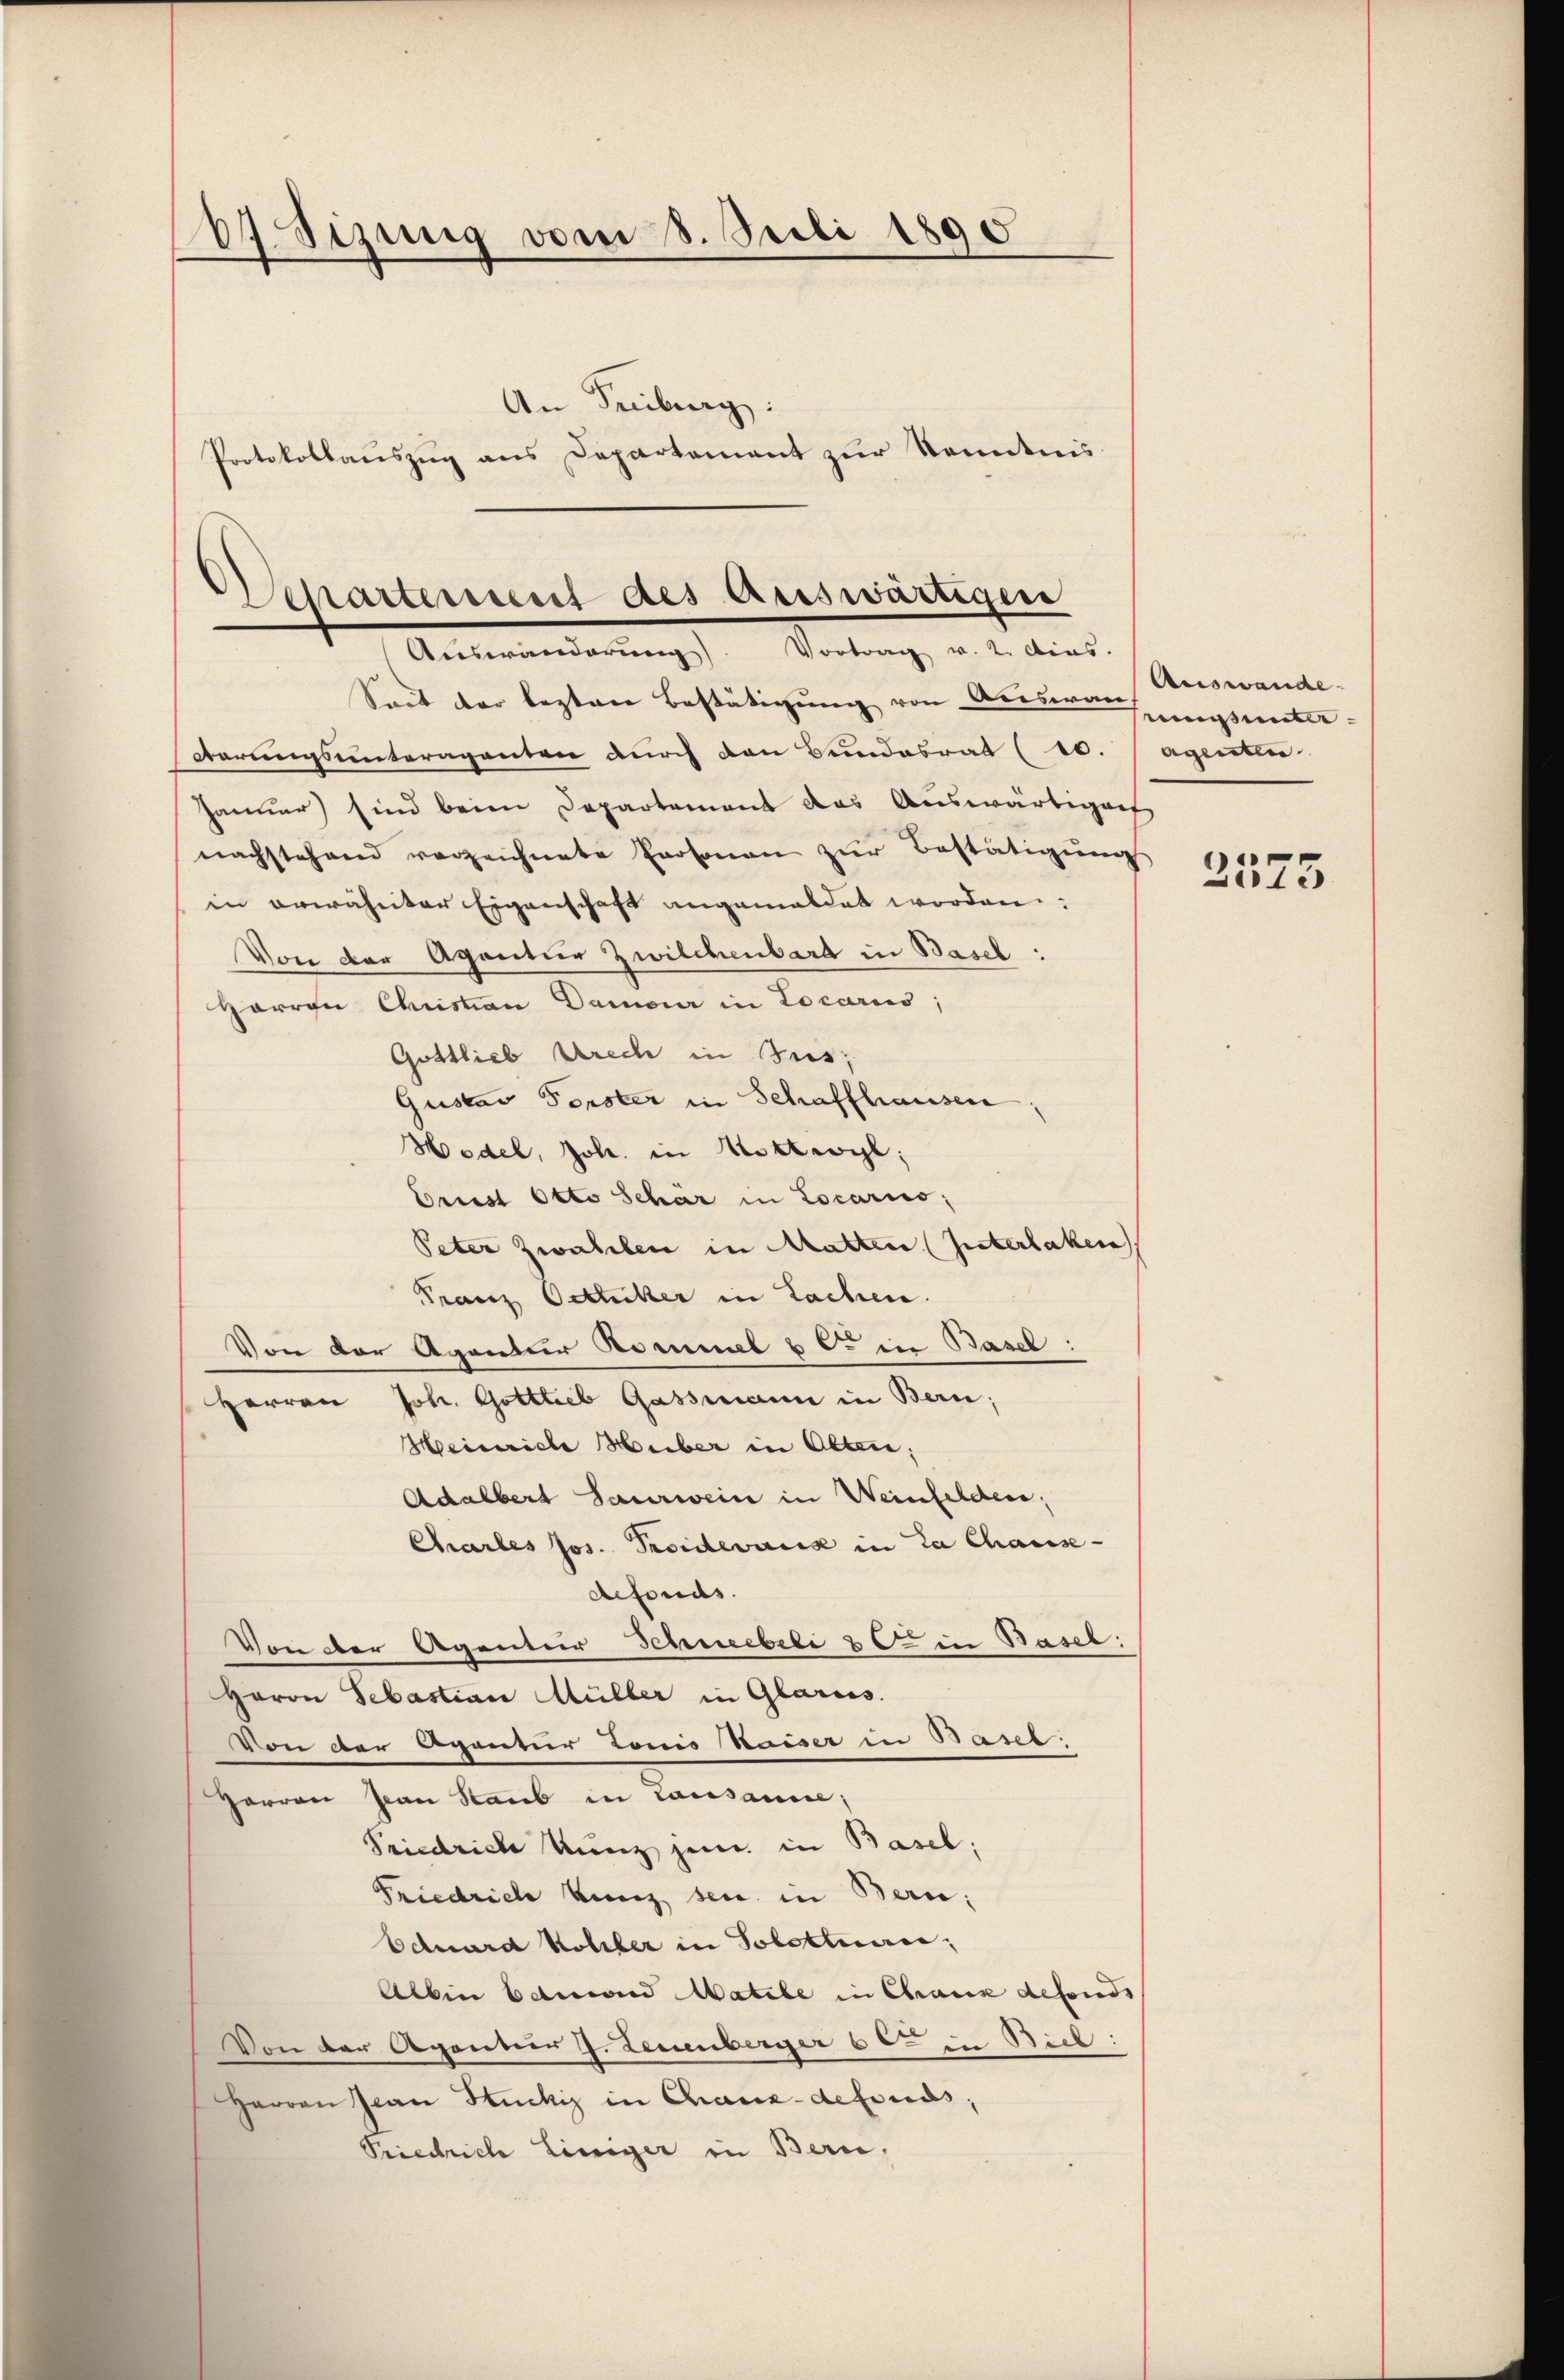
67 Sizung vom 8. Juli 1890
An Freiburg:
Protokollauszug aus Departement zur Kenntnis

Separterrent des auswärtigen
Auswanderung. Vortrag v. 2. dies

Seit der lezten Bestätigung von Dieswan
darungsunteragenten durch den Bundesrat (s.
Januar) sind beim Departement das Auswärtigent
nachstehend verzeichnete Personen zŭr Bestätigŭng
in erwähnter Eigenschaft angemeldet worden:
Von der Agantier Zwilchenbard in Basel:
Harren Christian Demoir in Locaris;
Gottlieb rech in Gus;
Gustav Forster in Schaffhausen
Hodel, Joh. in Mottwyl,
Orust Otto Schar in Locario;
Peter Zwahlen in Matten (Interlaken
Franz Ottiker in Lachen.
Von der Agentier Kommel & c. in Basel:
Herren Joh. Gottlieb Gassmann in Bern;
Meeinriche Huber in Olten;
Adalbert Saurwein in Weinfelden,
Chartes Jos. Proidevanz in La Chaus-
defonds.
Von der Agentier Schneebeli ut in Basel:
Herrn Sebastian Müller in Glarus.
Von der Agentur Tonis kaiser in Basel.
Herren Jean Staub in Lausanne;
Friedrich Kunz jem. in Basel,
Friedrich Kunz sei. in Bern;
Eduard Koliber in Solothurn,
Albin Eduard Matile in Chaux defonds
Von der Agentur J. Leuenberger 6ten in Biel:
Herren Jean Stuckiz in Chaux-defonds;
Priedrich Einiger in Bern,

Auswande
muss unterageisten.

2575